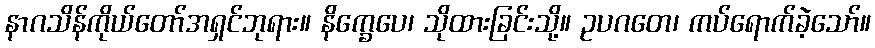
နာဂသိန်ကိုယ်တော်အရှင်ဘုရား။ နိက္ခေပေ၊ သိုထားခြင်းသို့။ ဥပဂတေ၊ ကပ်ရောက်ခဲ့သော်။